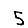
Digit: 5